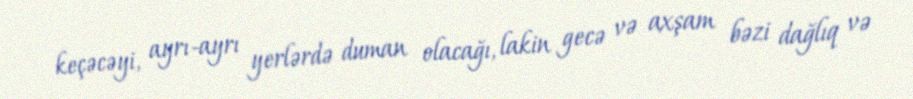
keçəcəyi, ayrı-ayrı yerlərdə duman olacağı, lakin gecə və axşam bəzi dağlıq və